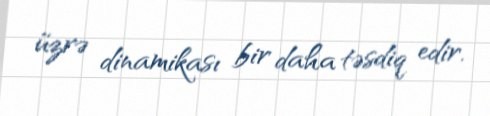
üzrə dinamikası bir daha təsdiq edir.